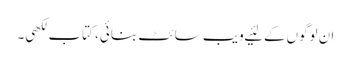
ان لوگوں‌کے لئیے ویب سائٹ بنائی، کتاب لکھی۔